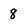
Character: 8